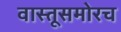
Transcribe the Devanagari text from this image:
वास्तूसमोरच